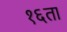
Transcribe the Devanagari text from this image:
१६ता